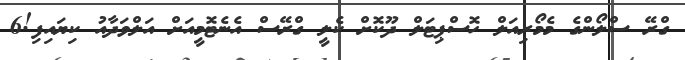
ގްރޭ ސްލޯންގެ މެމޯރިއަލް ހޮސްޕިޓަލް ދޫކޮށް ކެލީ ގްރޭސް އެނެޓޮމީއަށް އަލްވަދާއު ކިޔައިފި!6